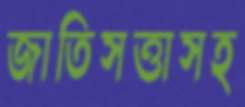
জাতিসত্তাসহ